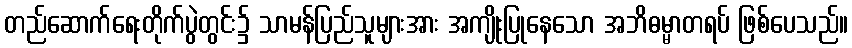
တည်ဆောက်ရေးတိုက်ပွဲတွင်း၌ သာမန်ပြည်သူများအား အကျိုးပြုနေသော အဘိဓမ္မာတရပ် ဖြစ်ပေသည်။